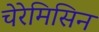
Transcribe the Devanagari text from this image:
चेरेमिसिन